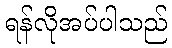
ရန်လိုအပ်ပါသည်